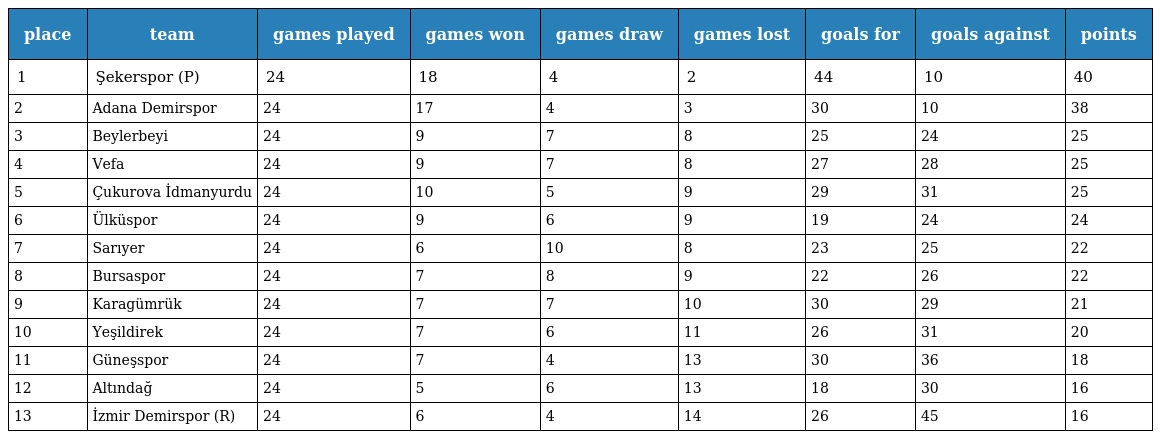
| place | team | games played | games won | games draw | games lost | goals for | goals against | points |
 | --- | --- | --- | --- | --- | --- | --- | --- | --- |
 | 1 | Şekerspor (P) | 24 | 18 | 4 | 2 | 44 | 10 | 40 |
 | 2 | Adana Demirspor | 24 | 17 | 4 | 3 | 30 | 10 | 38 |
 | 3 | Beylerbeyi | 24 | 9 | 7 | 8 | 25 | 24 | 25 |
 | 4 | Vefa | 24 | 9 | 7 | 8 | 27 | 28 | 25 |
 | 5 | Çukurova İdmanyurdu | 24 | 10 | 5 | 9 | 29 | 31 | 25 |
 | 6 | Ülküspor | 24 | 9 | 6 | 9 | 19 | 24 | 24 |
 | 7 | Sarıyer | 24 | 6 | 10 | 8 | 23 | 25 | 22 |
 | 8 | Bursaspor | 24 | 7 | 8 | 9 | 22 | 26 | 22 |
 | 9 | Karagümrük | 24 | 7 | 7 | 10 | 30 | 29 | 21 |
 | 10 | Yeşildirek | 24 | 7 | 6 | 11 | 26 | 31 | 20 |
 | 11 | Güneşspor | 24 | 7 | 4 | 13 | 30 | 36 | 18 |
 | 12 | Altındağ | 24 | 5 | 6 | 13 | 18 | 30 | 16 |
 | 13 | İzmir Demirspor (R) | 24 | 6 | 4 | 14 | 26 | 45 | 16 |